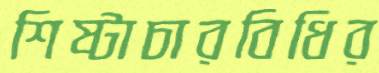
শিষ্টাচারবিধির